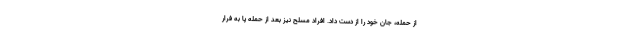
از حمله، جان خود را از دست داد. افراد مسلح نیز بعد از حمله پا به فرار